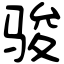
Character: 骏